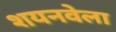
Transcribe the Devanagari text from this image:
शयनवेला